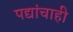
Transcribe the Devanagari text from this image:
पद्यांचाही